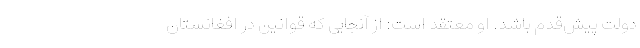
دولت پیش‌قدم باشد. او معتقد است: از آنجایی که قوانین در افغانستان